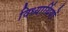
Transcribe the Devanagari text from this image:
विध्यार्थियों